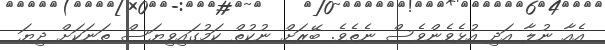
އެއާ ނުލާ އަދި އުޅެވެންވެސް ނެތެވެ. ބޭރަށް ނުކުތް ކަމުގައިވިޔަސް ތަނަކަށް ދިޔަ